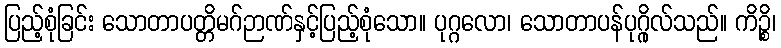
ပြည့်စုံခြင်း သောတာပတ္တိမဂ်ဉာဏ်နှင့်ပြည့်စုံသော။ ပုဂ္ဂလော၊ သောတာပန်ပုဂ္ဂိုလ်သည်။ ကိဉ္စိ၊